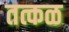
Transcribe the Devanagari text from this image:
तत्कळ